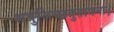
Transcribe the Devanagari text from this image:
शत्रुजिच्छत्रुतापनः।